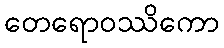
တေရောဝဿိကော